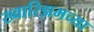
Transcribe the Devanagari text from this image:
ख्वारिझमच्या